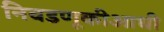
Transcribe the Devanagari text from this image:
निवडणूकीआधी